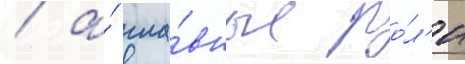
/ а́ гла́вные ро́л'и